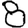
Digit: 8